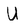
Character: U